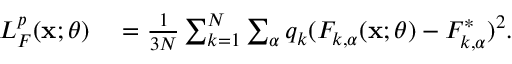
\begin{array} { r l } { L _ { F } ^ { p } ( \mathbf { x } ; \boldsymbol { \theta } ) } & { { } = \frac { 1 } { 3 N } \sum _ { k = 1 } ^ { N } \sum _ { \alpha } q _ { k } ( F _ { k , \alpha } ( \mathbf { x } ; \boldsymbol { \theta } ) - F _ { k , \alpha } ^ { * } ) ^ { 2 } . } \end{array}